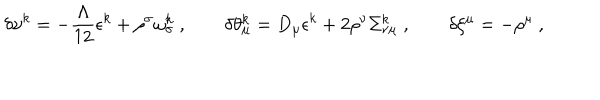
LaTeX: \delta \upsilon ^ { k } = - \frac { \Lambda } { 1 2 } \epsilon ^ { k } + \rho ^ { \sigma } \omega _ { \sigma } ^ { k } \ , \qquad \delta \theta _ { \mu } ^ { k } = D _ { \mu } \epsilon ^ { k } + 2 \rho ^ { \nu } \Sigma _ { \nu \mu } ^ { k } \ , \qquad \delta \xi ^ { \mu } = - \rho ^ { \mu } \ ,